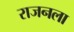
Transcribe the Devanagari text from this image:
राजनला